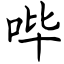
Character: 哔